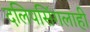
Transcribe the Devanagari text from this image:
दलिपसिंगलाही